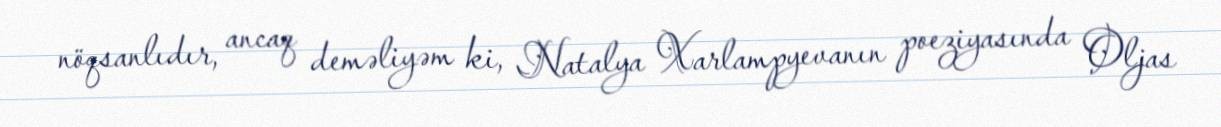
nöqsanlıdır, ancaq deməliyəm ki, Natalya Xarlampyevanın poeziyasında Oljas